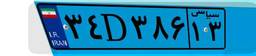
۷۷D۶۷۹۷۱